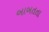
બાબતતા